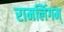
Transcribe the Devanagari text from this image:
रामलिंगम्